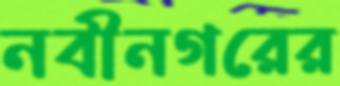
নবীনগরের